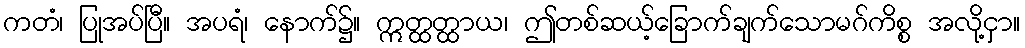
ကတံ၊ ပြုအပ်ပြီ။ အပရံ၊ နောက်၌။ ဣတ္ထတ္ထာယ၊ ဤတစ်ဆယ့်ခြောက်ချက်သောမဂ်ကိစ္စ အလို့ငှာ။